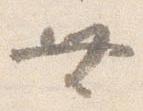
無